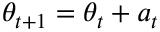
\theta _ { t + 1 } = \theta _ { t } + a _ { t }